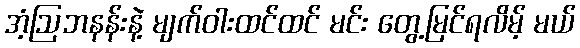
အံ့ဩဘနန်းနဲ့ မျက်ဝါးထင်ထင် မင်း တွေ့မြင်ရလိမ့် မယ်